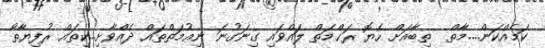
ކަމެއްކަން....މާތް  ތިބާއަށް ހެޔޮ ރަޙްމަތް ލައްވައި ގިނަގުނަ ނިޢުމަތްތައް ދެއްވާށި...ކިތައް ރުފިޔާތޯ